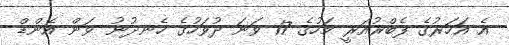
އެ އަހަރުގެ ފެބްރުއަރީ މަހުގެ 17 ވަނަ ދުވަހުގެ ހެނދުނު ވަން އެންޑް